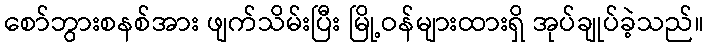
စော်ဘွားစနစ်အား ဖျက်သိမ်းပြီး မြို့ဝန်များထားရှိ အုပ်ချုပ်ခဲ့သည်။